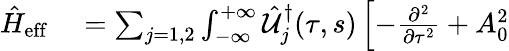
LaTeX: \begin{array}{rl}{\hat{H}_{\mathrm{eff}}}&{{}=\sum_{j=1,2}\int_{-\infty}^{+\infty}\hat{{\cal U}}_{j}^{\dagger}(\tau,s)\left[-\frac{\partial^{2}}{\partial\tau^{2}}+A_{0}^{2}\right.}\end{array}